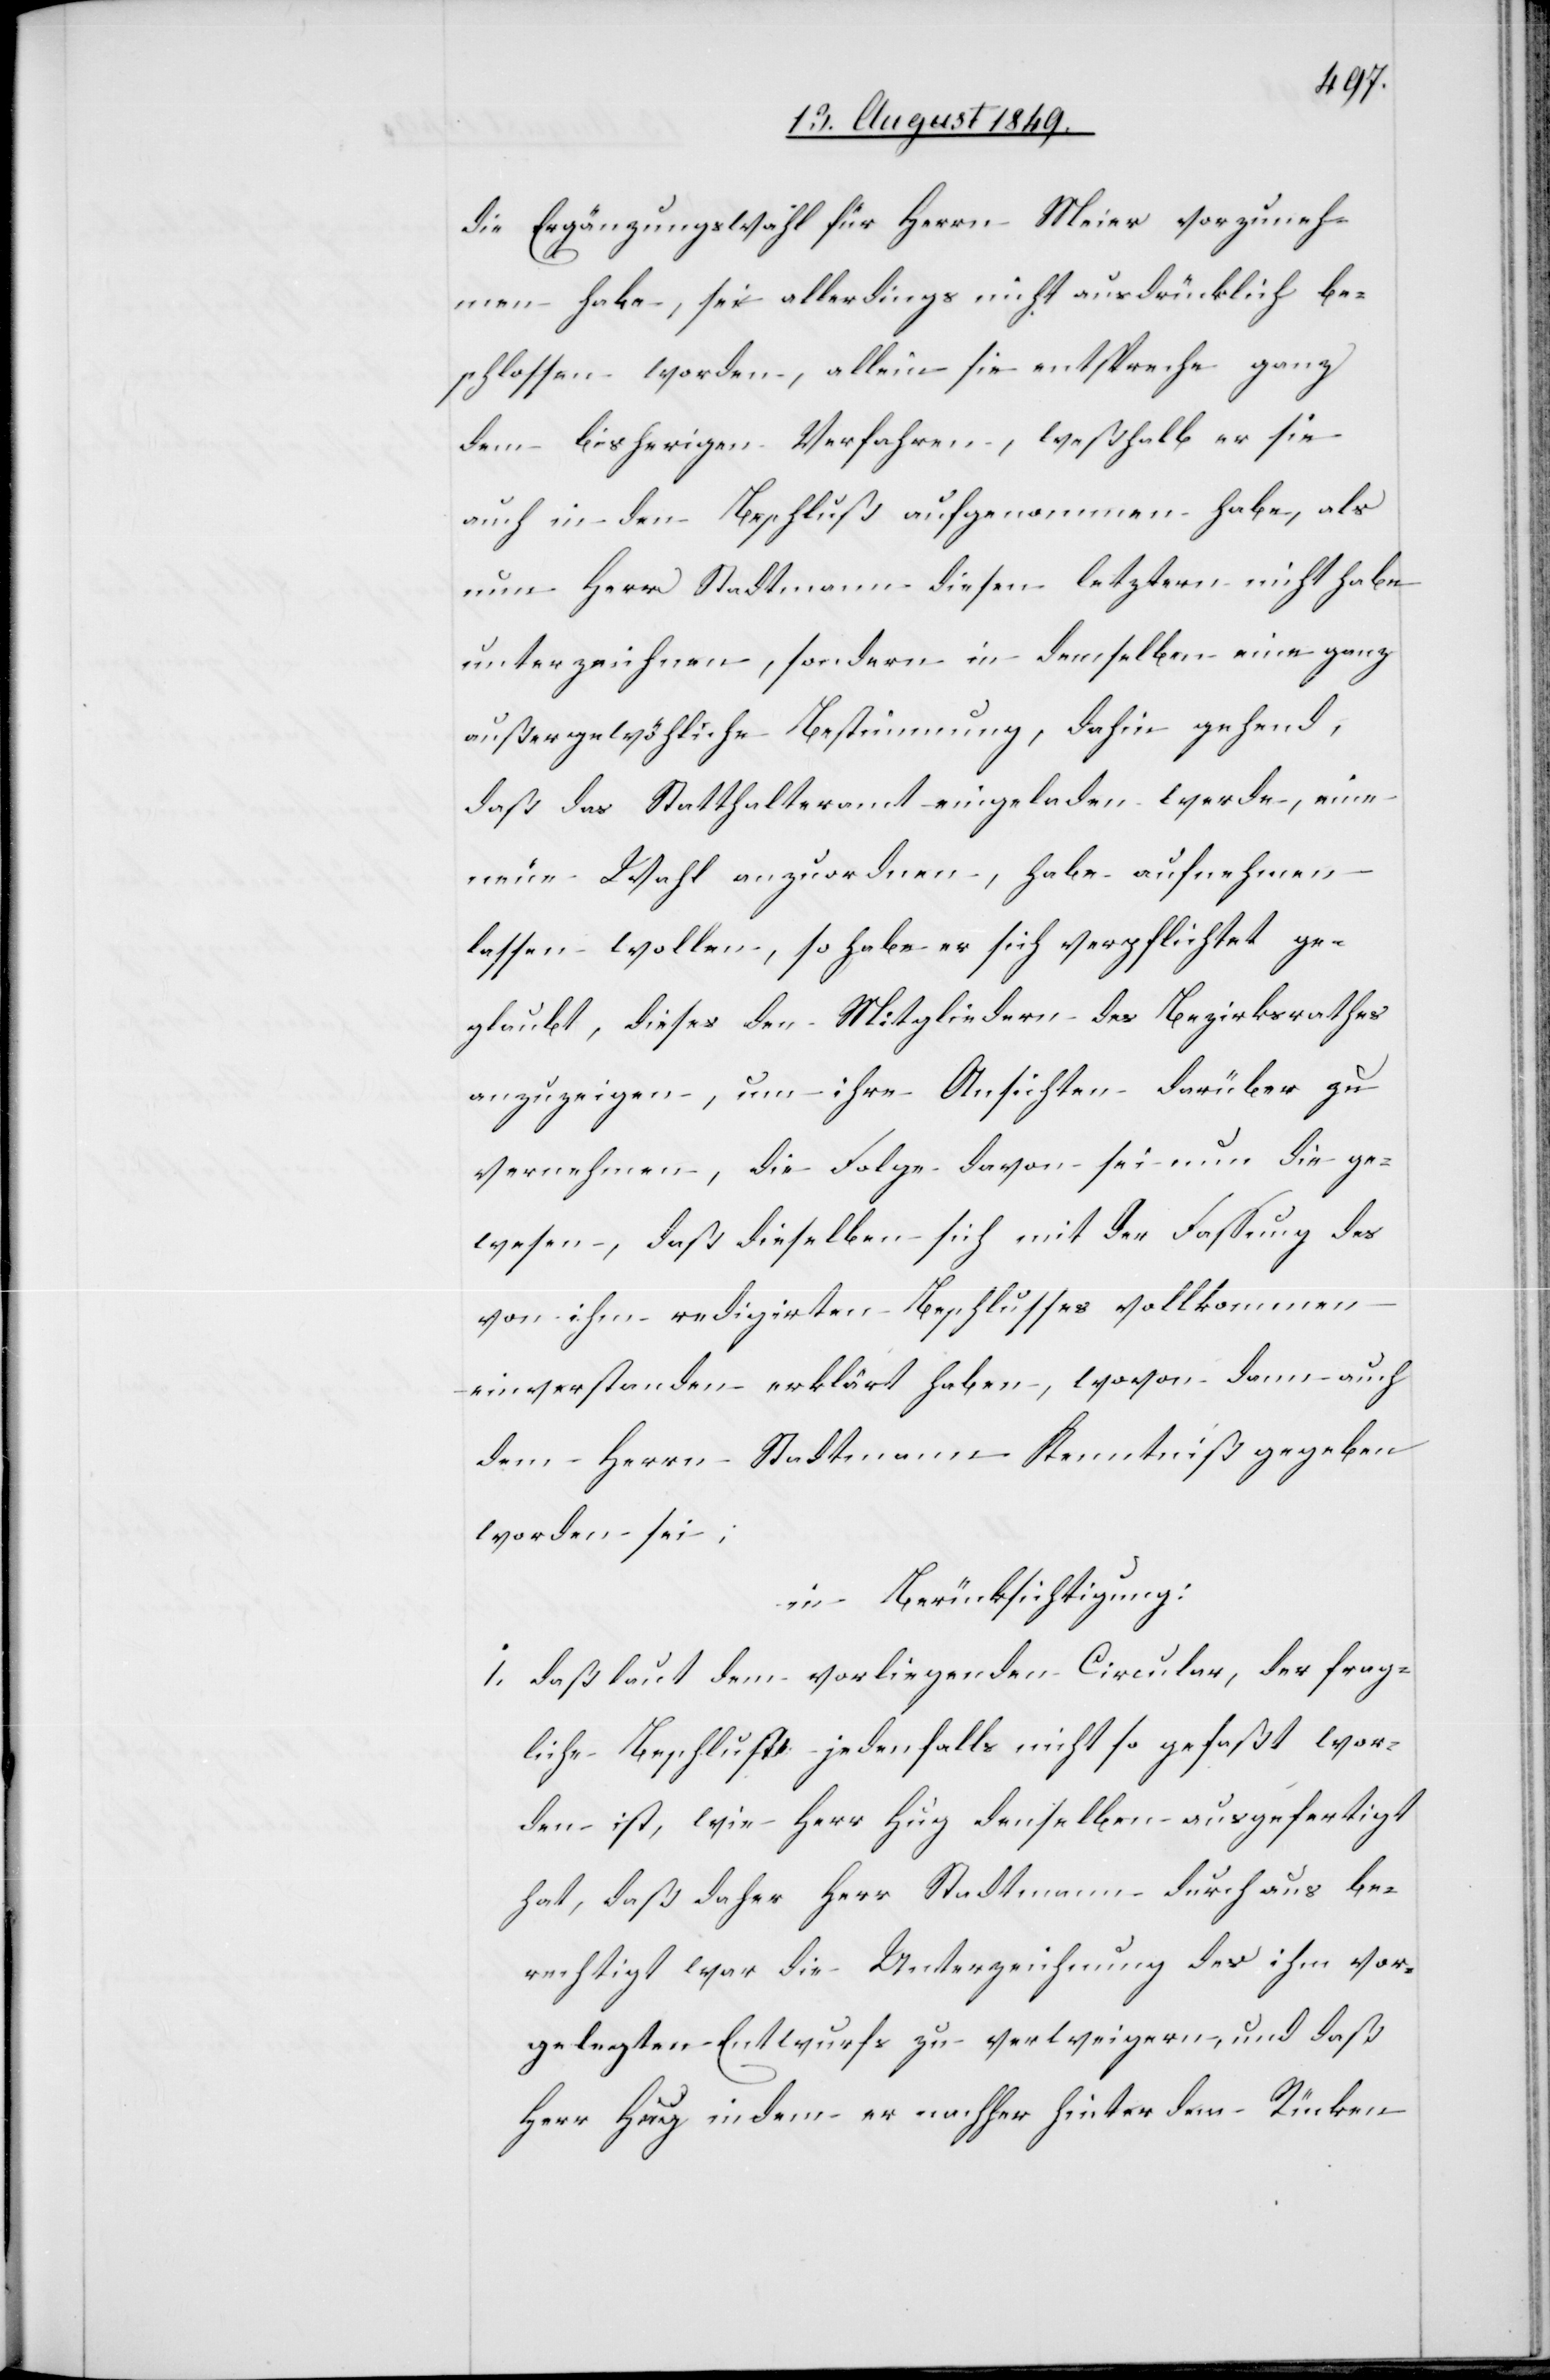
die Ergänzungswahl für Herrn Meier vorzuneh¬
men habe, sei allerdings nicht ausdrücklich be¬
schlossen worden, allein sie entspreche ganz
dem bisherigen Verfahren, weßhalb er sie
auch in den Beschluß aufgenommen habe, als
nun Herr Stadtmann diesen letztern nicht habe
unterzeichnen, sondern in demselben eine ganz
außergewöhnliche Bestimmung, dahin gehend,
daß das Statthalteramt eingeladen werde, eine
neue Wahl anzuordnen, habe aufnehmen
lassen wollen, so habe er sich verpflichtet ge¬
glaubt, dieses den Mitgliedern des Bezirksrathes
anzuzeigen, um ihre Ansichten darüber zu
vernehmen, die Folge davon sei nun die ge¬
wesen, daß dieselben sich mit der Fassung des
von ihm redigirten Beschlusses vollkommen
einverstanden erklärt haben, wovon dann auch
dem Herrn Stadtmann Kenntniß gegeben
worden sei;
in Berücksichtigung:
I.daß laut dem vorliegenden Circular, der frag¬
liche Beschluß jedenfalls nicht so gefaßt wor¬
den ist, wie Herr Hug denselben ausgefertigt
hat, daß daher Her Stadtmann durchaus be¬
rechtigt war die Unterzeichnung des ihm vor¬
gelegten Entwurfs zu verweigern, und daß
Herr Hug indem er nachher hinter dem Rücken